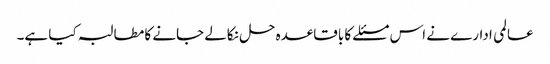
عالمی ادارے نے اس مسئلے کا باقاعدہ حل نکالے جانے کا مطالبہ کیا ہے۔